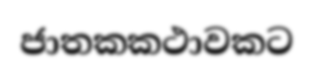
ජාතකකථාවකට